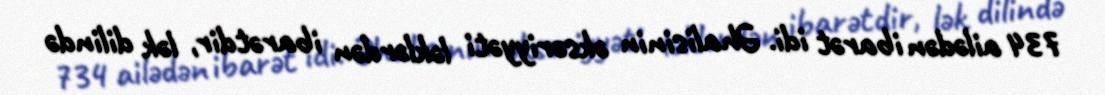
734 ailədən ibarət idi. Əhalisinin əksəriyyəti ləklərdən ibarətdir, lək dilində